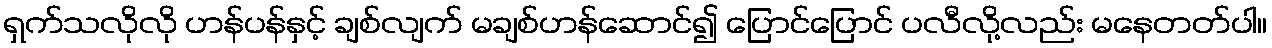
ရှက်သလိုလို ဟန်ပန်နှင့် ချစ်လျက် မချစ်ဟန်ဆောင်၍ ပြောင်ပြောင် ပလီလို့လည်း မနေတတ်ပါ။